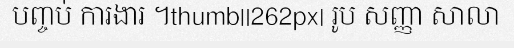
បញ្ចប់ ការងារ ។thumb||262px| រូប សញ្ញា សាលា